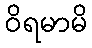
ဝိရမာမိ